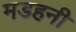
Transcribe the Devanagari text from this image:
मडहनी